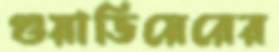
গুয়াভিয়েরের